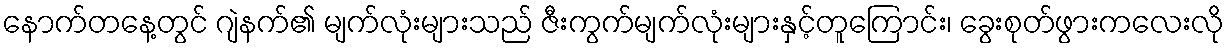
နောက်တနေ့တွင် ဂျဲနက်၏ မျက်လုံးများသည် ဇီးကွက်မျက်လုံးများနှင့်တူကြောင်း၊ ခွေးစုတ်ဖွားကလေးလို